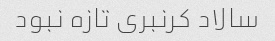
سالاد کرنبری تازه نبود